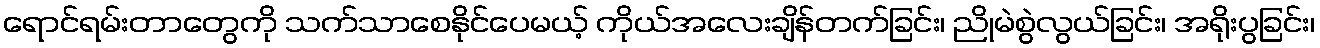
ရောင်ရမ်းတာတွေကို သက်သာစေနိုင်ပေမယ့် ကိုယ်အလေးချိန်တက်ခြင်း၊ ညိုမဲစွဲလွယ်ခြင်း၊ အရိုးပွခြင်း၊